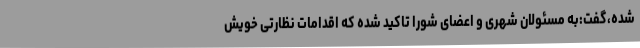
شده،گفت:به مسئولان شهری و اعضای شورا تاکید شده که اقدامات نظارتی خویش